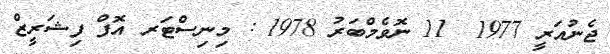
ޖެނުއަރީ 1977  11 ނޮވެމްބަރު 1978 : މިނިސްޓަރ އޮފް ފިޝަރީޒް